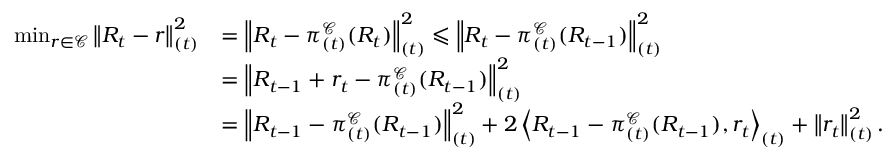
\begin{array} { r l } { \operatorname* { m i n } _ { r \in \mathcal { C } } \left\| R _ { t } - r \right\| _ { ( t ) } ^ { 2 } } & { = \left\| R _ { t } - \pi _ { ( t ) } ^ { \mathcal { C } } ( R _ { t } ) \right\| _ { ( t ) } ^ { 2 } \leqslant \left\| R _ { t } - \pi _ { ( t ) } ^ { \mathcal { C } } ( R _ { t - 1 } ) \right\| _ { ( t ) } ^ { 2 } } \\ & { = \left\| R _ { t - 1 } + r _ { t } - \pi _ { ( t ) } ^ { \mathcal { C } } ( R _ { t - 1 } ) \right\| _ { ( t ) } ^ { 2 } } \\ & { = \left\| R _ { t - 1 } - \pi _ { ( t ) } ^ { \mathcal { C } } ( R _ { t - 1 } ) \right\| _ { ( t ) } ^ { 2 } + 2 \left< R _ { t - 1 } - \pi _ { ( t ) } ^ { \mathcal { C } } ( R _ { t - 1 } ) , r _ { t } \right> _ { ( t ) } + \left\| r _ { t } \right\| _ { ( t ) } ^ { 2 } . } \end{array}